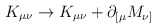
\begin{align*}K_{\mu\nu}\rightarrow K_{\mu\nu}+\partial_{[\mu}M_{\nu]}\end{align*}